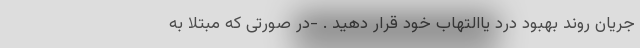
جریان روند بهبود درد یاالتهاب خود قرار دهید . -در صورتی که مبتلا به